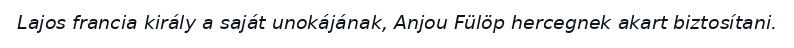
Lajos francia király a saját unokájának, Anjou Fülöp hercegnek akart biztosítani.